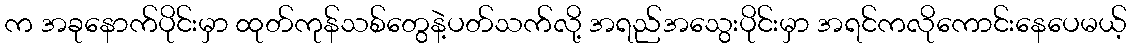
က အခုနောက်ပိုင်းမှာ ထုတ်ကုန်သစ်တွေနဲ့ပတ်သက်လို့ အရည်အသွေးပိုင်းမှာ အရင်ကလိုကောင်းနေပေမယ့်